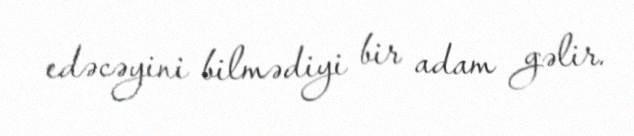
edəcəyini bilmədiyi bir adam gəlir.